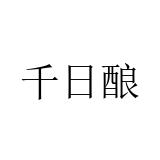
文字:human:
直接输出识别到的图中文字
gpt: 千日酿